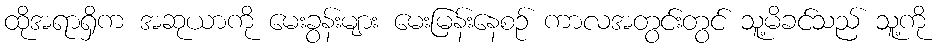
ထိုအရာရှိက အဆုယာကို မေးခွန်းများ မေးမြန်းနေစဉ် ကာလအတွင်းတွင် သူ့မိခင်သည် သူ့ကို